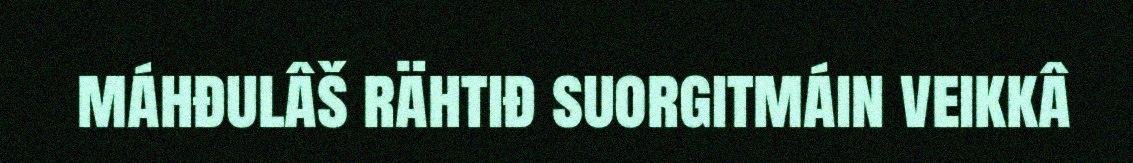
máhđulâš rähtiđ suorgitmáin veikkâ